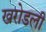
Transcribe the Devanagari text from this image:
खरोडली